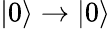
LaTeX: \left.\vert 0\right\rangle\rightarrow\left.\vert 0\right\rangle